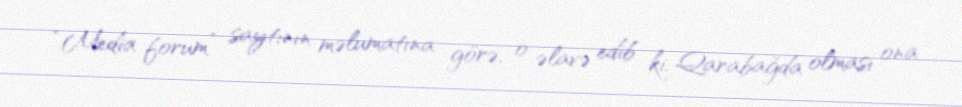
“Media forum” saytının məlumatına görə, o əlavə edib ki, Qarabağda olması ona